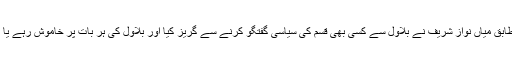
اطلاعات کے مطابق میاں نواز شریف نے بلاول سے کسی بھی قسم کی سیاسی گفتگو کرنے سے گریز کیا اور بلاول کی ہر بات پر خاموش رہے یا مسکراتے رہے۔